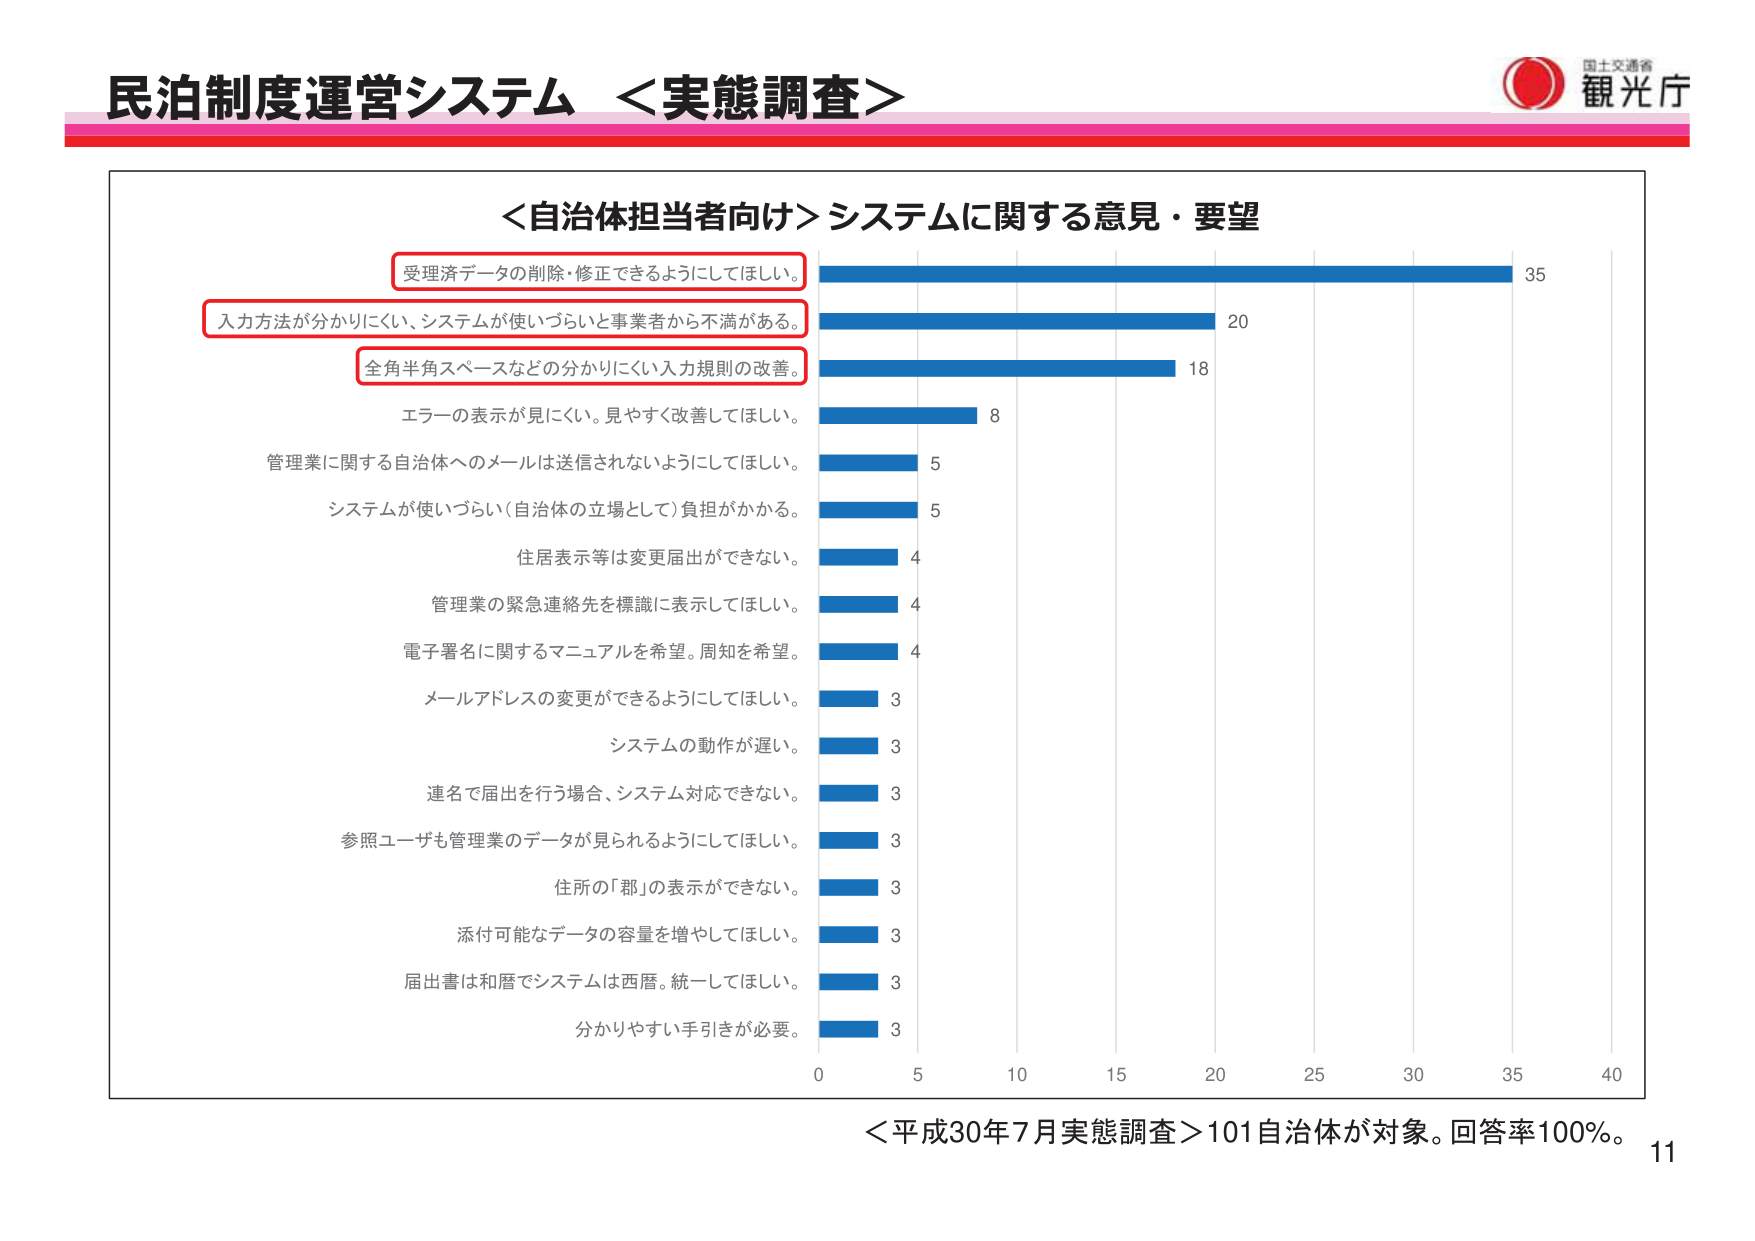
民泊制度運営システム ＜実態調査＞
国士交通省
観光庁
＜自治体担当者向け＞システムに関する意見・要望
受理済データの削除・修正ができるようにしてほしい。
入力方法が分かりにくい、システムが使いづらいと事業者から不満がある。
全角半角スペースなどの分かりにくい入力規則の改善。
エラーの表示が見にくい。見やすく改善してほしい。
管理業に関する自治体へのメールは送信されないようにしてほしい。
システムが使いづらい（自治体の立場として）負担がかかる。
住居表示等は変更届出ができない。
管理業の緊急連絡先を標識に表示してほしい。
電子署名に関するマニュアルを希望。周知を希望。
メールアドレスの変更ができるようにしてほしい。
システムの動作が遅い。
連名で届出を行う場合、システム対応できない。
参照ユーザも管理業のデータが見られるようにしてほしい。
住所の「郡」の表示ができない。
添付可能なデータの容量を増やしてほしい。
届出書は和暦でシステムは西暦。統一してほしい。
分かりやすい手引きが必要。
35
20
18
8
5
5
4
4
4
3
3
3
3
3
3
3
3
0 5 10 15 20 25 30 35 40
＜平成30年7月実態調査＞101自治体が対象。回答率100%。
11